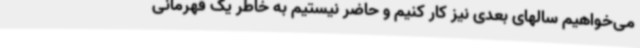
می‌خواهیم سالهای بعدی نیز کار کنیم و حاضر نیستیم به خاطر یک قهرمانی